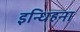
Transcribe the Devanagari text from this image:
इन्धिहना